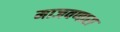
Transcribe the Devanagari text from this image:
माजवणारा